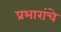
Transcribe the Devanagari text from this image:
प्रभारांचे